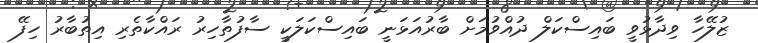
ޒުލޭހާ ވިދާޅުވީ ބައިސްކަލް ދުއްވުމަށް ބާރުއަޅަނީ ބައިސްކަލަކީ ސާފުތާހިރު ރައްކާތެރި އިތުބާރު ހިފޭ